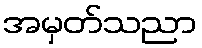
အမှတ်သညာ